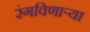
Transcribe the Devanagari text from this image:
रंगविणाऱ्या